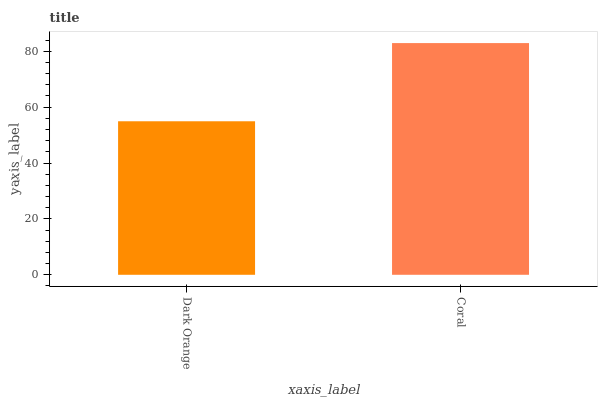
| xaxis_label | bars |
 | --- | --- |
 | Dark Orange | 54.9 |
 | Coral | 82.9 |